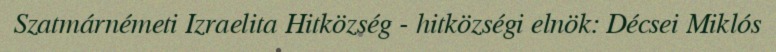
Szatmárnémeti Izraelita Hitközség - hitközségi elnök: Décsei Miklós